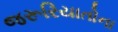
જરૂરિયાતોના